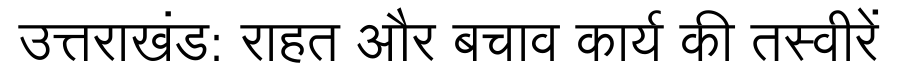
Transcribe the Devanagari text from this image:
उत्तराखंड: राहत और बचाव कार्य की तस्वीरें